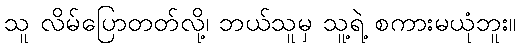
သူ လိမ်ပြောတတ်လို့၊ ဘယ်သူမှ သူ့ရဲ့ စကားမယုံဘူး။